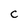
Character: C